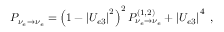
P _ { \nu _ { e } \to \nu _ { e } } = \left( 1 - \left| U _ { e 3 } \right| ^ { 2 } \right) ^ { 2 } P _ { \nu _ { e } \to \nu _ { e } } ^ { ( 1 , 2 ) } + \left| U _ { e 3 } \right| ^ { 4 } \; ,